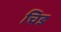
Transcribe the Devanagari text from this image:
चिड